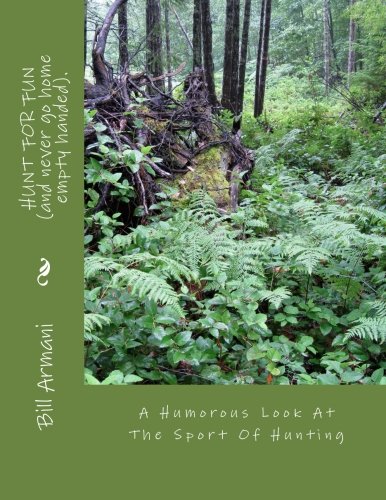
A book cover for HUNT FOR FUN (and never go home empty handed).: A Humorous Look At The Sport Of Hunting; Bill A. Armani; Humor & Entertainment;